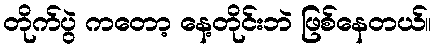
တိုက်ပွဲ ကတော့ နေ့တိုင်းဘဲ ဖြစ်နေတယ်။